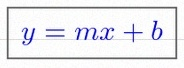
y=mx+b